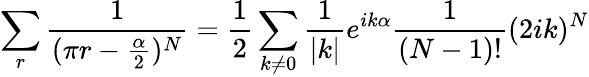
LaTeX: \sum_{r}\frac{1}{(\pi r-\frac{\alpha}{2})^{N}}=\frac{1}{2}\sum_{k\neq 0}\frac{1}{|k|}e^{ik\alpha}\frac{1}{(N-1)!}(2ik)^{N}